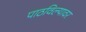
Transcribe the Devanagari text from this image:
पाठविल्यावर